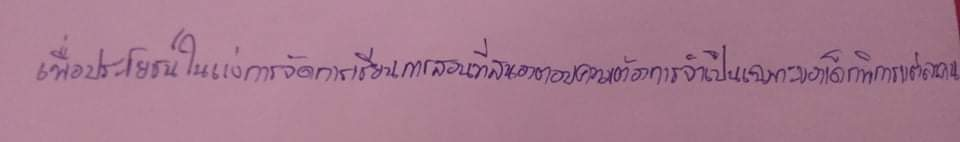
เพื่อประโยชน์ในแง่การจัดการเรียนการสอนที่สนองตอบความต้องการจำเป็นเฉพาะของเด็กพิการแต่ละคน